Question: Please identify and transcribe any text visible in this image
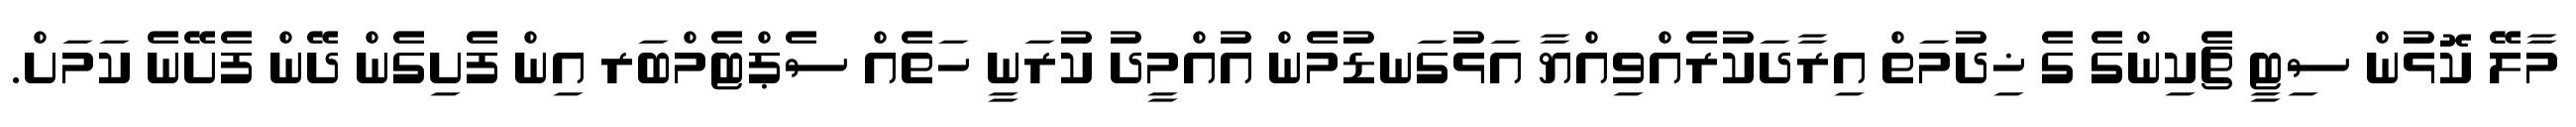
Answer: މާލޭ ކޮޅުން ސިޓީ ޗެކިންގެ ގެ ޚިދުމަތް އިރާދަކުރެއްވިއްޔާ އަޅުގަނޑުމެން އުއްމީދު ކުރަނީ ހަތެއް ސެޕްޓެމްބަރ އިން ފެށިގެން ދޭން ފެށޭނެ ކަމަށް.